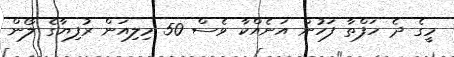
މީގެ ދެ ހަފްތާ ފަހުން އަނެއްކާ ވެސް 50 މިލިއަން ރުފިޔާގެ ލޯން